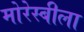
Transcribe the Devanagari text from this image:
मोरेस्बीला